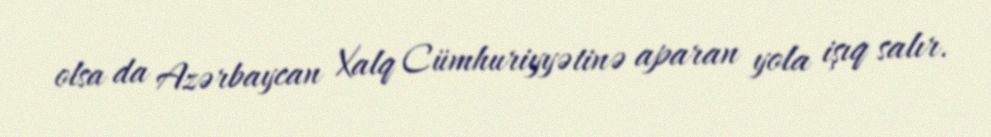
olsa da Azərbaycan Xalq Cümhuriyyətinə aparan yola işıq salır.